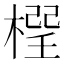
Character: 𣗕